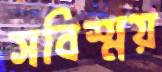
সবিস্ময়